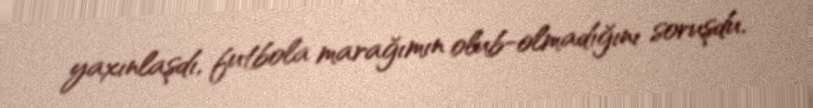
yaxınlaşdı, futbola marağımın olub-olmadığını soruşdu.